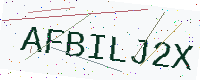
Text: AFBILJ2X